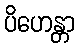
ပိဟေန္တာ